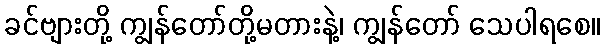
ခင်ဗျားတို့ ကျွန်တော်တို့မတားနဲ့၊ ကျွန်တော် သေပါရစေ။